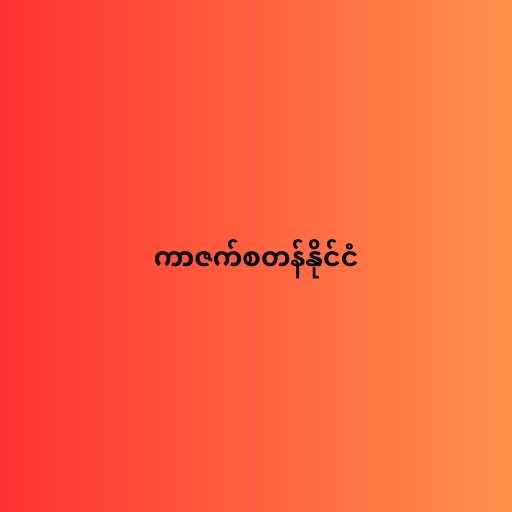
ကာဇက်စတန်နိုင်ငံ